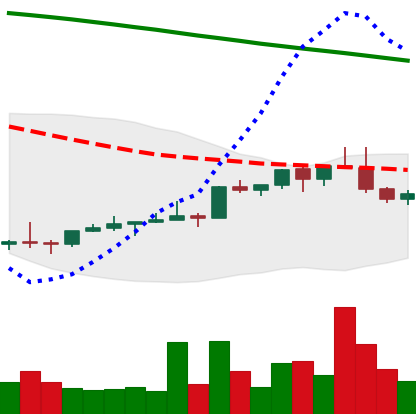
Ticker: NEO-USD
Chart end date: 2022-02-13
Forward return: 20.32%
Label: up_7plus